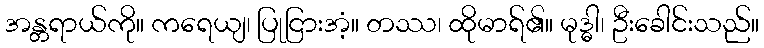
အန္တရာယ်ကို။ ကရေယျ၊ ပြုငြားအံ့။ တဿ၊ ထိုမာရ်၏။ မုဒ္ဓါ၊ ဦးခေါင်းသည်။